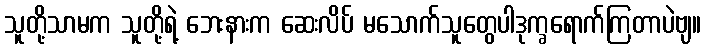
သူတို့သာမက သူတို့ရဲ့ ဘေးနားက ဆေးလိပ် မသောက်သူတွေပါဒုက္ခရောက်ကြတာပဲဗျ။